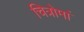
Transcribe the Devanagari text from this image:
चित्रोमां